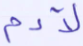
لآدم